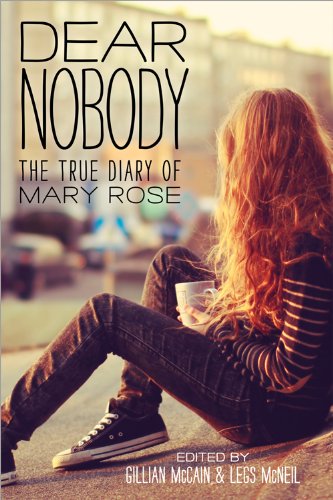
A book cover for Dear Nobody: The True Diary of Mary Rose; Gillian McCain; Teen & Young Adult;